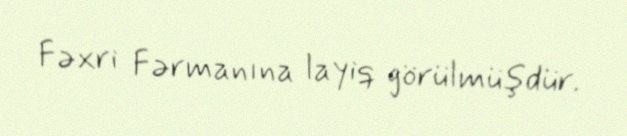
Fəxri Fərmanına layiq görülmüşdür.